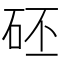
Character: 𥑜